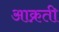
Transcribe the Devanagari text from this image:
आक्रती